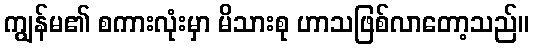
ကျွန်မ၏ စကားလုံးမှာ မိသားစု ဟာသဖြစ်လာတော့သည်။